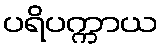
ပရိပက္ကာယ